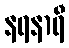
နရနာရီ